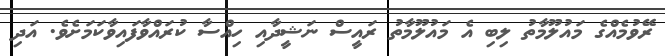
ރޭވުމެއްގެ މައުލޫމާތު ލިބި އެ މައުލޫމާތު ރައީސް ނަޝީދާއި ހިއްސާ ކުރައްވާފައިވާކަމަށެވެ. އަދި